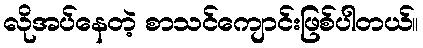
လိုအပ်နေတဲ့ စာသင်ကျောင်းဖြစ်ပါတယ်။